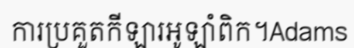
ការប្រគួតកីឡារអូឡាំពិក។Adams